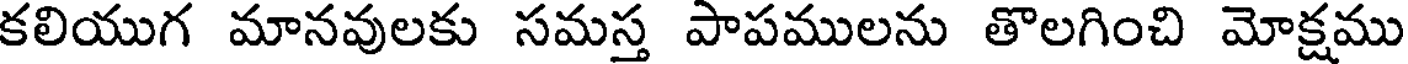
కలియుగ మానవులకు సమస్త పాపములను తొలగించి మోక్షము